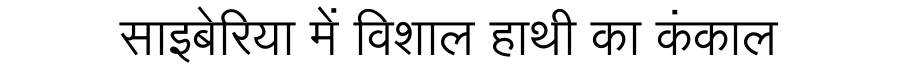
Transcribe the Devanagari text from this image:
साइबेरिया में विशाल हाथी का कंकाल